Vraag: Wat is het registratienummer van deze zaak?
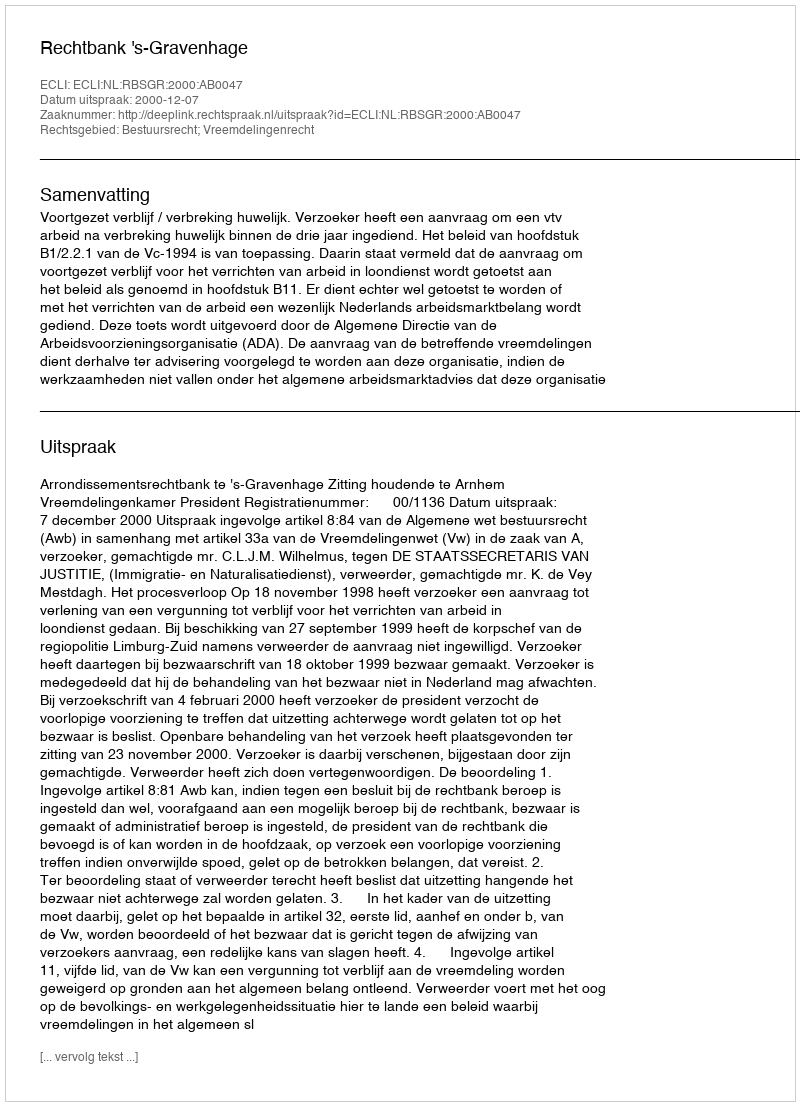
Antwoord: http://deeplink.rechtspraak.nl/uitspraak?id=ECLI:NL:RBSGR:2000:AB0047